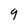
Character: 9